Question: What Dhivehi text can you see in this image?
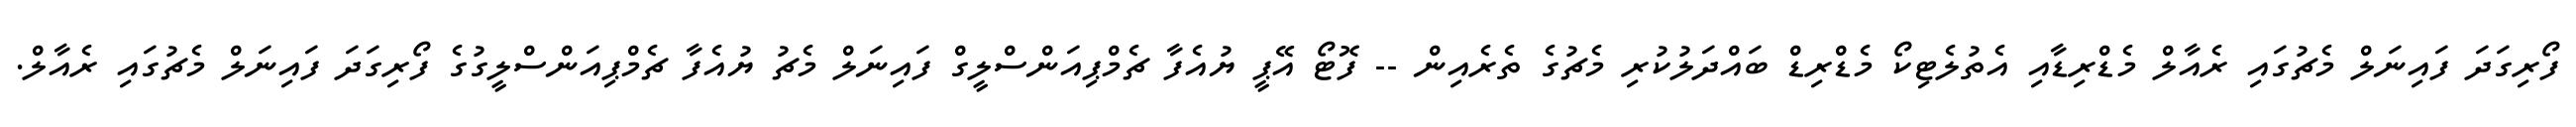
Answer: ފޯރިގަދަ ފައިނަލް މެޗުގައި ރެއާލް މެޑްރިޑާއި އެތުލެޓިކޯ މެޑްރިޑް ބައްދަލުކުރި މެޗުގެ ތެރެއިން -- ފޮޓޯ އޭޕީ ޔުއެފާ ޗެމްޕިއަންސްލީގް ފައިނަލް މެޗު ޔުއެފާ ޗެމްޕިއަންސްލީގުގެ ފޯރިގަދަ ފައިނަލް މެޗުގައި ރެއާލް.